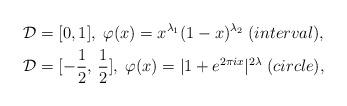
LaTeX: \begin{align*}\mathcal{D} & = [0,1],\; \varphi(x) = x^{\lambda_1}(1-x)^{\lambda_2}\; (interval), \\\mathcal{D} & = [-\frac{1}{2},\,\frac{1}{2}],\; \varphi(x) = |1+e^{2\pi ix}|^{2\lambda}\; (circle),\end{align*}